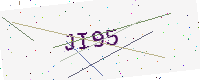
Text: JI95